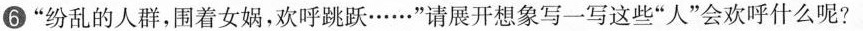
⑥”纷乱的人群，围着女娲，欢呼跳跃……”请展开想象写一写这些”人”会欢呼什么呢?